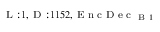
_ { \textrm { L } : 1 , \textrm { D } : 1 1 5 2 , \textrm { E n c D e c } _ { \textrm { B } 1 } }